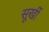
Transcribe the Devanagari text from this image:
सूर्खी